Annual report on the working of the lock hospitals in the North-Western Provinces and Oudh
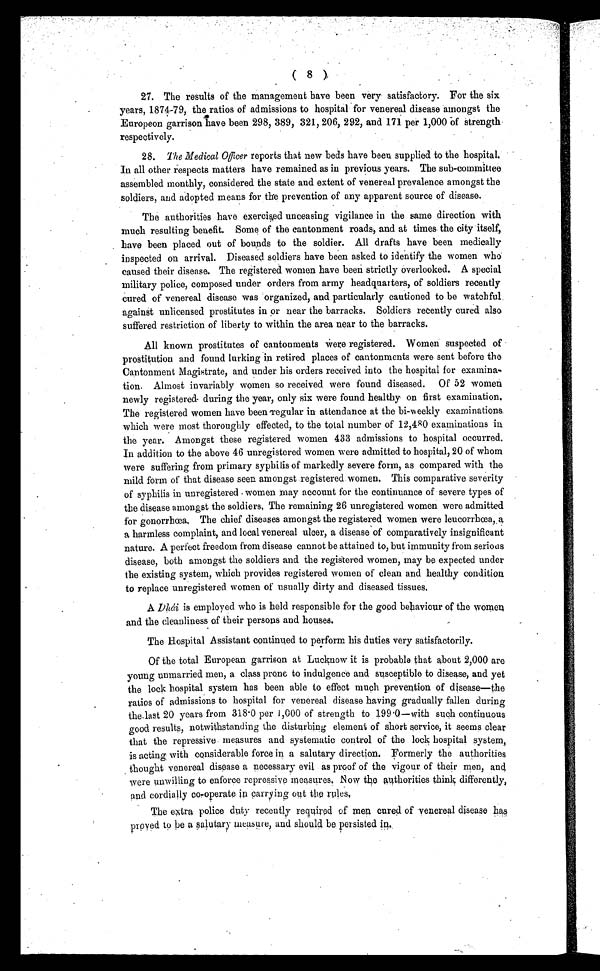
( 8 )
27. The results of the management have been very satisfactory. For the six
years, 1874-79, the ratios of admissions to hospital for venereal disease amongst the
Europeon garrison have been 298, 389, 321, 206, 292, and 171 per 1,000 of strength
respectively.
28. The Medical Officer reports that new beds have been supplied to the hospital.
In all other respects matters have remained as in previous years. The sub-committee
assembled monthly, considered the state and extent of venereal prevalence amongst the
soldiers, and adopted means for the prevention of any apparent source of disease.
The authorities have exercised unceasing vigilance in the same direction with
much resulting benefit. Some of the cantonment roads, and at times the city itself,
have been placed out of bounds to the soldier. All drafts have been medically
inspected on arrival. Diseased soldiers have been asked to identify the women who
caused their disease. The registered women have been strictly overlooked. A special
military police, composed under orders from army headquarters, of soldiers recently
cured of venereal disease was organized, and particularly cautioned to be watchful
against unlicensed prostitutes in or near the barracks. Soldiers recently cured also
suffered restriction of liberty to within the area near to the barracks.
All known prostitutes of cantonments were registered. Women suspected of
prostitution and found lurking in retired places of cantonments were sent before the
Cantonment Magistrate, and under his orders received into the hospital for examina-
tion. Almost invariably women so received were found diseased. Of 52 women
newly registered during the year, only six were found healthy on first examination.
The registered women have been regular in attendance at the bi-weekly examinations
which were most thoroughly effected, to the total number of 12,480 examinations in
the year. Amongst these registered women 433 admissions to hospital occurred.
In addition to the above 46 unregistered women were admitted to hospital, 20 of whom
were suffering from primary syphilis of markedly severe form, as compared with the
mild form of that disease seen amongst registered women. This comparative severity
of syphilis in unregistered women may account for the continuance of severe types of
the disease amongst the soldiers, The remaining 26 unregistered women were admitted
for gonorrhœa. The chief diseases amongst the registered women were leucorrhœa,.a
a harmless complaint, and local venereal ulcer, a disease of comparatively insignificant
nature. A perfect freedom from disease cannot be attained to, but immunity from serious
disease, both amongst the soldiers and the registered women, may be expected under
the existing system, which provides registered women of clean and healthy condition
to replace unregistered women of usually dirty and diseased tissues.
A Dhái is employed who is held responsible for the good behaviour of the women
and the cleanliness of their persons and houses.
The Hospital Assistant continued to perform his duties very satisfactorily.
Of the total European garrison at Lucknow it is probable that about 2,000 are
young unmarried men, a class prone to indulgence and susceptible to disease, and yet
the lock hospital system has been able to effect much prevention of disease—the
ratios of admissions to hospital for venereal disease having gradually fallen during
the last 20 years from 318 . 0 per 1,000 of strength to 199·0—with such continuous
good results, notwithstanding the disturbing element of short service, it seems clear
that the repressive measures and systematic control of the lock hospital system,
is acting with considerable force in a salutary direction. Formerly the authorities
thought venereal disease a necessary evil as proof of the vigour of their men, and
were unwilling to enforce repressive measures. Now the authorities think differently,
and cordially co-operate in carrying out the rules.
The extra police duty recently required of men cured of venereal disease has
proved to be a salutary measure, and should be persisted in.